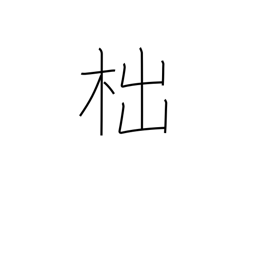
Meaning: a stump